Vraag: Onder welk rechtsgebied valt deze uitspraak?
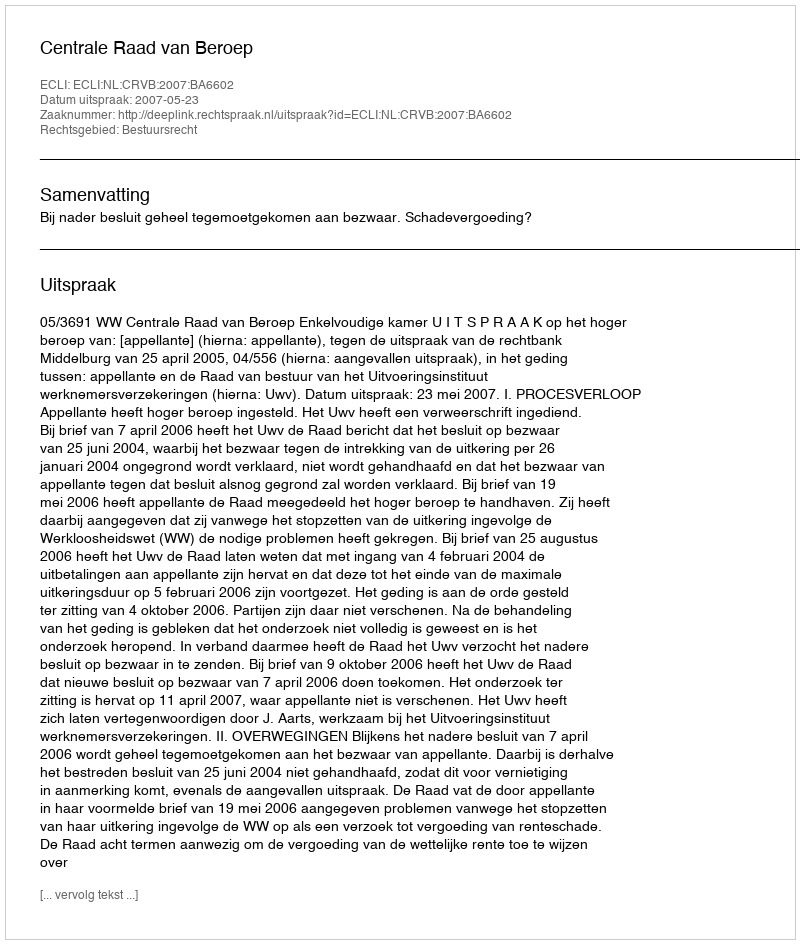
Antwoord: Bestuursrecht